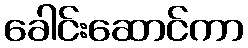
ခေါင်းဆောင်ကာ